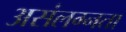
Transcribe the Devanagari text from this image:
असंलग्नता